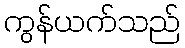
ကွန်ယက်သည်